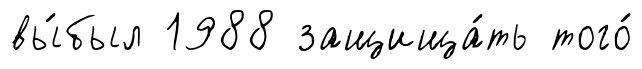
вы́был 1988 защища́ть того́